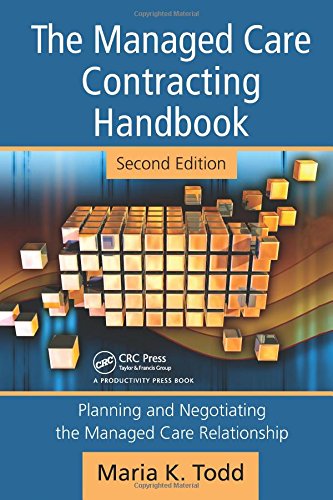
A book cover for The Managed Care Contracting Handbook, 2nd Edition: Planning & Negotiating the Managed Care Relationship; Maria K. Todd; Medical Books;